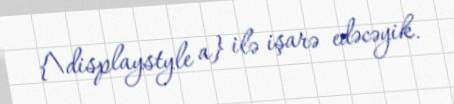
{\displaystyle a} ilə işarə edəcəyik.